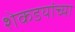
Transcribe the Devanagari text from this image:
शेकडयांच्या